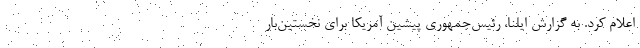
اعلام کرد. به گزارش ایلنا، رئیس‌جمهوری پیشین آمریکا برای نخستین‌بار